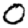
Digit: 0